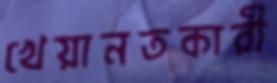
খেয়ানতকারী